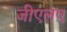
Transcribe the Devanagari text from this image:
जीएलए